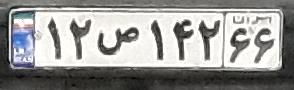
۱۲ص۱۴۲۶۶